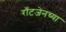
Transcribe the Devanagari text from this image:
राँटजेनच्या